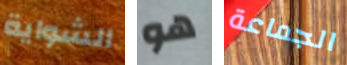
الشواية هو الجماعة